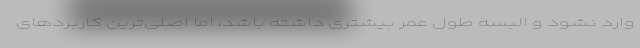
وارد نشود و البسه طول عمر بیشتری داشته باشد، اما اصلی‌ترین کاربردهای